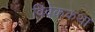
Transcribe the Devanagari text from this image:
विवेककथा